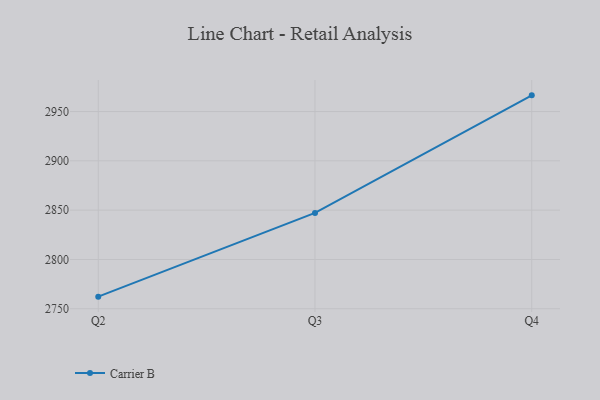
{"axis": {"x": "Quarter", "y": "Gross Profit (USD K)"}, "legend": ["Carrier B"], "data": [{"x": "Q2", "y": 2762.3, "type": "Carrier B"}, {"x": "Q3", "y": 2847.2, "type": "Carrier B"}, {"x": "Q4", "y": 2966.4, "type": "Carrier B"}]}